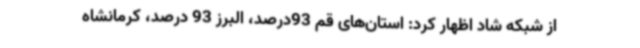
از شبکه شاد اظهار کرد: استان‌های قم 93درصد، البرز 93 درصد، کرمانشاه